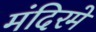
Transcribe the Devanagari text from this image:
मंदिरमे